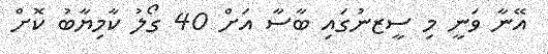
އޭނާ ވަނީ މި ސީޒނުގައި ބާސާ އަށް 40 ގޯލު ކާމިޔާބު ކޮށް